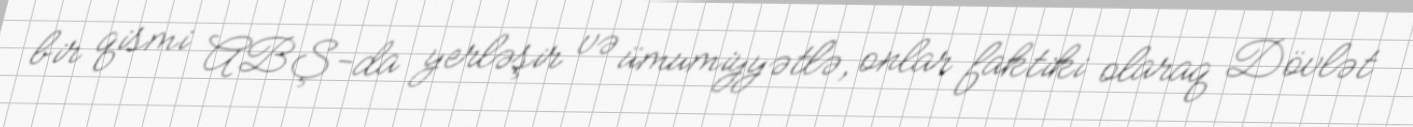
bir qismi ABŞ-da yerləşir və ümumiyyətlə, onlar faktiki olaraq Dövlət